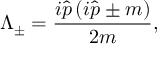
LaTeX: \Lambda _ { \pm } = \frac { i \widehat { p } \left( i \widehat { p } \pm m \right) } { 2 m } ,